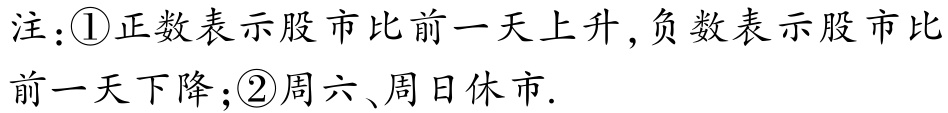
注：\textcircled{1}正数表示股市比前一天上升,负数表示股市比前一天下降；\textcircled{2}周六、周日休市.